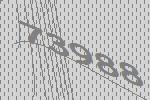
73988